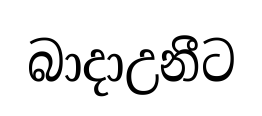
බාදාඋනීට